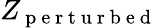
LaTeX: Z_{\mathrm{~p~e~r~t~u~r~b~e~d~}}